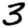
Digit: 3